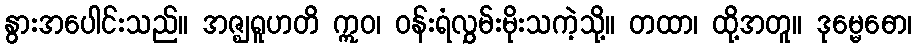
နွားအပေါင်းသည်။ အဇ္ဈရူဟတိ ဣဝ၊ ဝန်းရံလွှမ်းမိုးသကဲ့သို့။ တထာ၊ ထို့အတူ။ ဒုမ္မေဓော၊